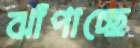
ঝাঁপাচ্ছে